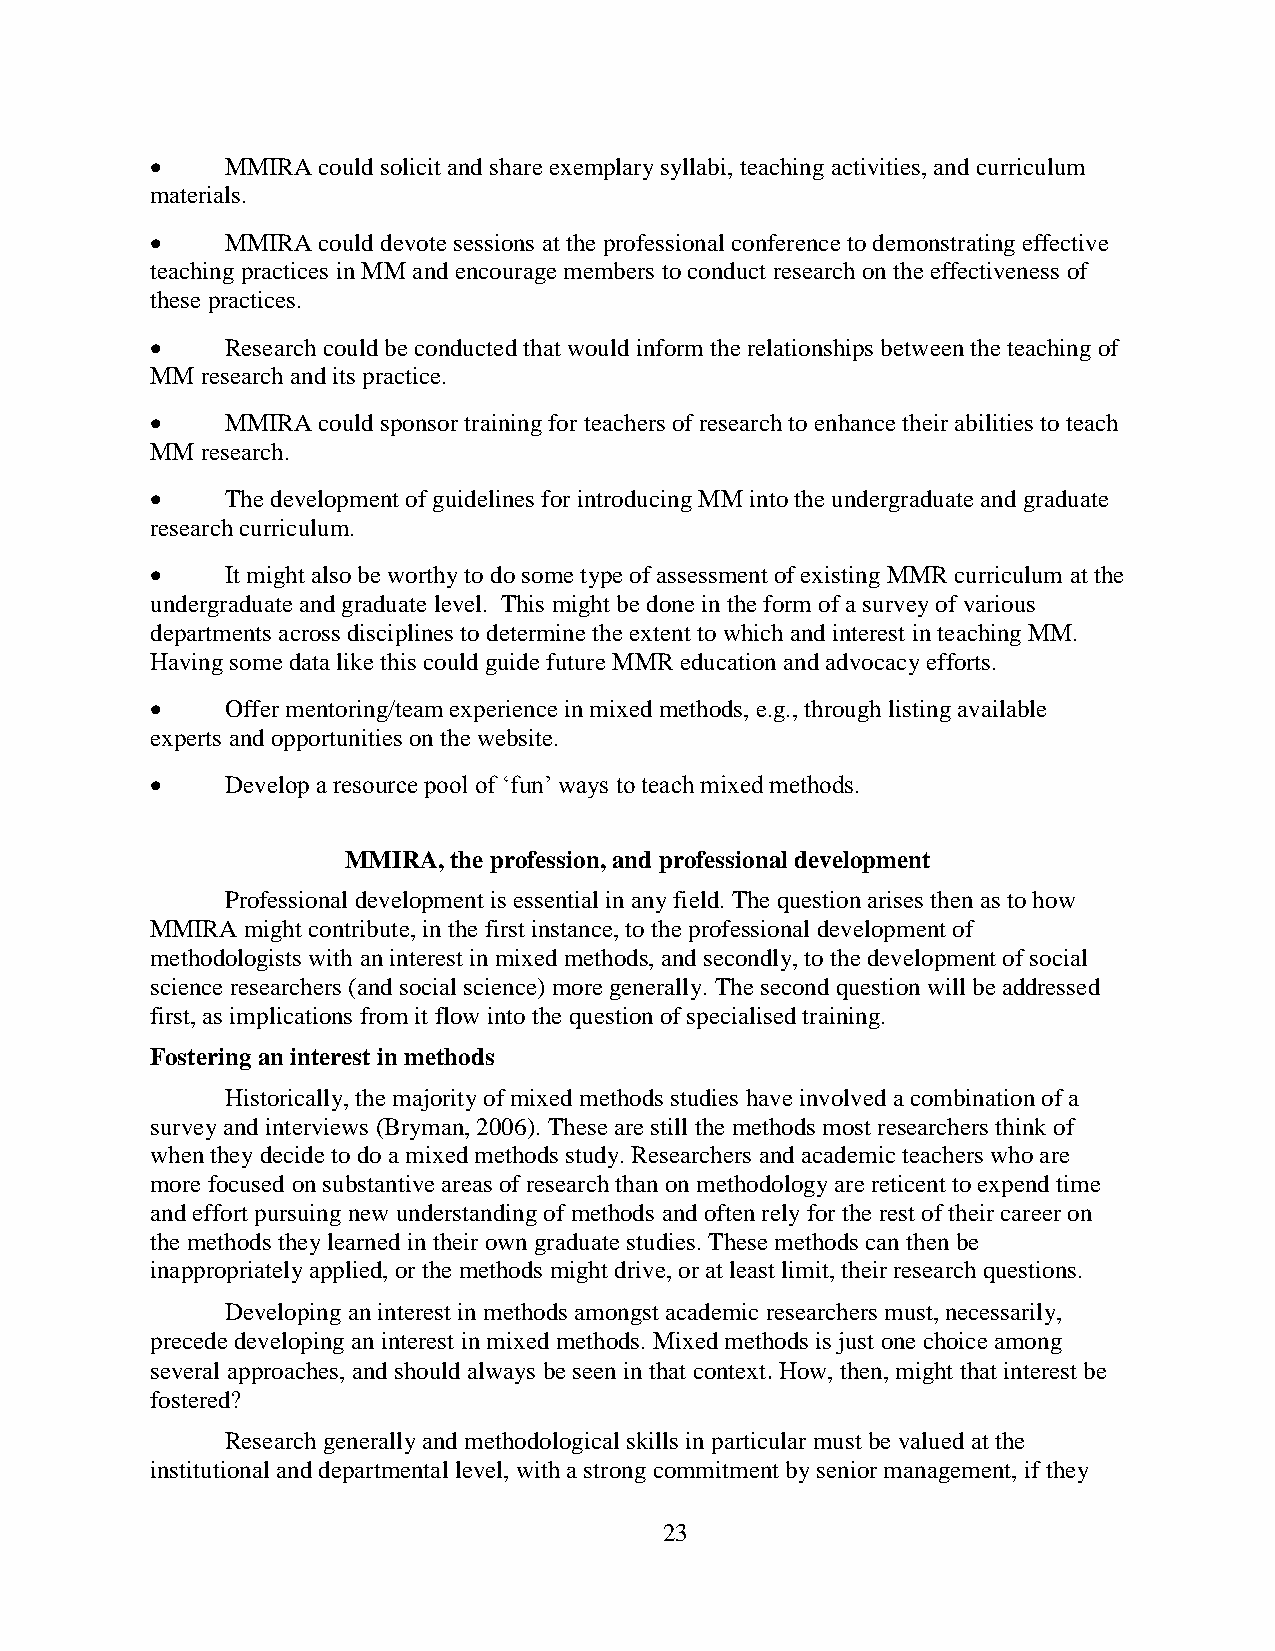
    MMIRA could solicit and share exemplary syllabi, teaching activities, and curriculum
 materials.
     MMIRA could devote sessions at the professional conference to demonstrating effective
 teaching practices in MM and encourage members to conduct research on the effectiveness of
 these practices.
     Research could be conducted that would inform the relationships between the teaching of
 MM research and its practice.
     MMIRA could sponsor training for teachers of research to enhance their abilities to teach
 MM research.
     The development of guidelines for introducing MM into the undergraduate and graduate
 research curriculum.
     It might also be worthy to do some type of assessment of existing MMR curriculum at the
 undergraduate and graduate level. This might be done in the form of a survey of various
 departments across disciplines to determine the extent to which and interest in teaching MM.
 Having some data like this could guide future MMR education and advocacy efforts.
     Offer mentoring/team experience in mixed methods, e.g., through listing available
 experts and opportunities on the website.
     Develop a resource pool of ‘fun’ ways to teach mixed methods.
 MMIRA, the profession, and professional development
 Professional development is essential in any field. The question arises then as to how
 MMIRA might contribute, in the first instance, to the professional development of
 methodologists with an interest in mixed methods, and secondly, to the development of social
 science researchers (and social science) more generally. The second question will be addressed
 first, as implications from it flow into the question of specialised training.
 Fostering an interest in methods
 Historically, the majority of mixed methods studies have involved a combination of a
 survey and interviews (Bryman, 2006). These are still the methods most researchers think of
 when they decide to do a mixed methods study. Researchers and academic teachers who are
 more focused on substantive areas of research than on methodology are reticent to expend time
 and effort pursuing new understanding of methods and often rely for the rest of their career on
 the methods they learned in their own graduate studies. These methods can then be
 inappropriately applied, or the methods might drive, or at least limit, their research questions.
 Developing an interest in methods amongst academic researchers must, necessarily,
 precede developing an interest in mixed methods. Mixed methods is just one choice among
 several approaches, and should always be seen in that context. How, then, might that interest be
 fostered?
 Research generally and methodological skills in particular must be valued at the
 institutional and departmental level, with a strong commitment by senior management, if they
 23